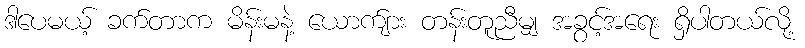
ဒါပေမယ့် ခက်တာက မိန်းမနဲ့ ယောက်ျား တန်းတူညီမျှ အခွင့်အရေး ရှိပါတယ်လို့